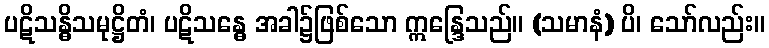
ပဋိသန္ဓိသမုဋ္ဌိတံ၊ ပဋိသန္ဓေ အခါ၌ဖြစ်သော ဣန္ဒြေသည်။ (သမာနံ) ပိ၊ သော်လည်း။